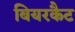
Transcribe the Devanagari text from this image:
बियरकैट